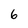
Character: 6